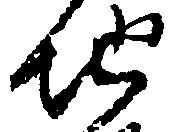
地